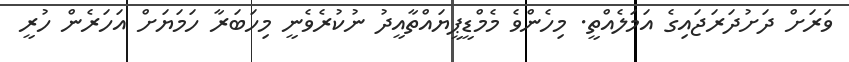
ވަރަށް ދަށުދަރަޖައިގެ އަމަލެއްތީ. މިހެންވެ މެމްޑީޕީޔައްތާއީދު ނުކުރެވެނީ މިހަބަރާ ހަމަޔަށް އަހަރެން ހުރީ